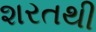
શરતથી